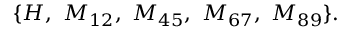
\{ H , ~ M _ { 1 2 } , ~ M _ { 4 5 } , ~ M _ { 6 7 } , ~ M _ { 8 9 } \} .